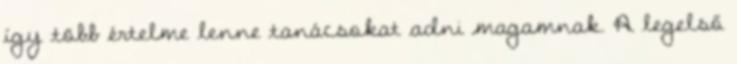
így több értelme lenne tanácsokat adni magamnak. A legelső